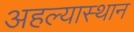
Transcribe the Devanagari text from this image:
अहल्यास्थान